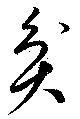
貧